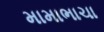
મામાભાચા